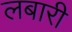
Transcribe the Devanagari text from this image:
लबारी